Insane asylums in Bengal annual reports 1876-1887 - 1876-1887
Year: 1876
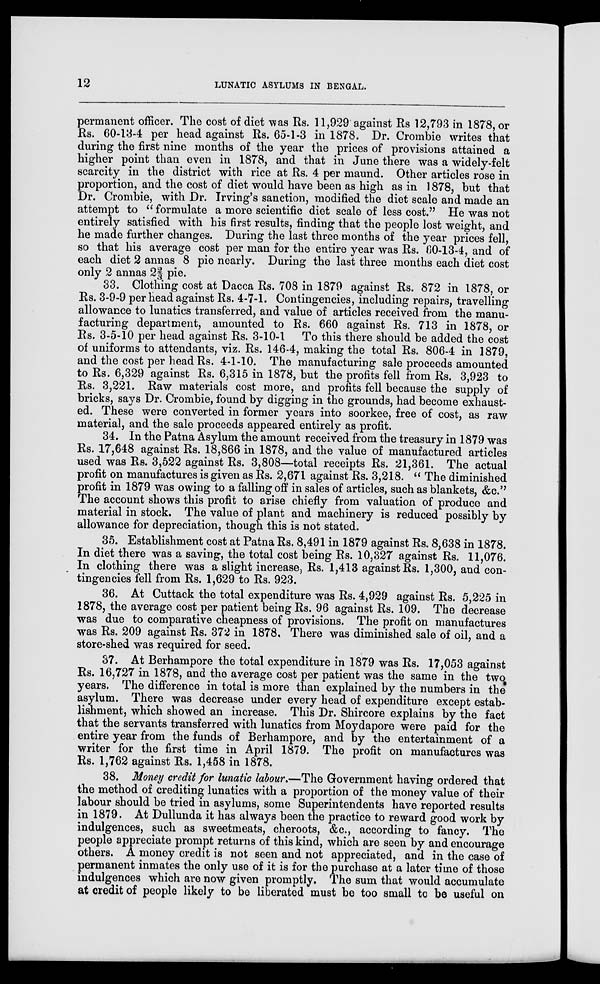
12
LUNATIC ASYLUMS IN BENGAL.
permanent officer. The cost of diet was Rs. 11,929 against Rs 12,793 in 1878, or
Rs. 60-13-4 per head against Rs. 65-1-3 in 1878. Dr. Crombie writes that
during the first nine months of the year the prices of provisions attained a
higher point than even in 1878, and that in June there was a widely-felt
scarcity in the district with rice at Rs. 4 per maund. Other articles rose in
proportion, and the cost of diet would have been as high as in 1878, but that
Dr. Crombie, with Dr. Irving's sanction, modified the diet scale and made an
attempt to " formulate a more scientific diet scale of less cost." He was not
entirely satisfied with his first results, finding that the people lost weight, and
he made further changes. During the last three months of the year prices fell,
so that his average cost per man for the entire year was Rs. 60-13-4, and of
each diet 2 annas 8 pie nearly. During the last three months each diet cost
only 2 annas 2 2/3 pie.
33. Clothing cost at Dacca Rs. 708 in 1879 against Rs. 872 in 1878, or
Rs. 3-9-9 per head against Rs. 4-7-1. Contingencies, including repairs, travelling
allowance to lunatics transferred, and value of articles received from the manu-
facturing department, amounted to Rs. 660 against Rs. 713 in 1878, or
Rs. 3-5-10 per head against Rs. 3-10-1 To this there should be added the cost
of uniforms to attendants, viz. Rs. 146-4, making the total Rs. 806-4 in 1879,
and the cost per head Rs. 4-1-10. The manufacturing sale proceeds amounted
to Rs. 6,329 against Rs. 6,315 in 1878, but the profits fell from Rs. 3,923 to
Rs. 3,221. Raw materials cost more, and profits fell because the supply of
bricks, says Dr. Crombie, found by digging in the grounds, had become exhaust-
ed. These were converted in former years into soorkee, free of cost, as raw
material, and the sale proceeds appeared entirely as profit.
34. In the Patna Asylum the amount received from the treasury in 1879 was
Rs. 17,648 against Rs. 18,866 in 1878, and the value of manufactured articles
used was Rs. 3,522 against Rs. 3,808—total receipts Rs. 21,361. The actual
profit on manufactures is given as Rs. 2,671 against Rs. 3,218. " The diminished
profit in 1879 was owing to a falling off in sales of articles, such as blankets, &c."
The account shows this profit to arise chiefly from valuation of produce and
material in stock. The value of plant and machinery is reduced possibly by
allowance for depreciation, though this is not stated.
35. Establishment cost at Patna Rs. 8,491 in 1879 against Rs. 8,638 in 1878.
In diet there was a saving, the total cost being Rs. 10,327 against Rs. 11,076.
In clothing there was a slight increase, Rs. 1,413 against Rs. 1,300, and con-
tingencies fell from Rs. 1,629 to Rs. 923.
36. At Cuttack the total expenditure was Rs. 4,929 against Rs. 5,225 in
1878, the average cost per patient being Rs. 96 against Rs. 109. The decrease
was due to comparative cheapness of provisions. The profit on manufactures
was Rs. 209 against Rs. 372 in 1878. There was diminished sale of oil, and a
store-shed was required for seed.
37. At Berhampore the total expenditure in 1879 was Rs. 17,053 against
Rs. 16,727 in 1878, and the average cost per patient was the same in the two
years. The difference in total is more than explained by the numbers in the
asylum. There was decrease under every head of expenditure except estab-
lishment, which showed an increase. This Dr. Shircore explains by the fact
that the servants transferred with lunatics from Moydapore were paid for the
entire year from the funds of Berhampore, and by the entertainment of a
writer for the first time in April 1879. The profit on manufactures was
Rs. 1,762 against Rs. 1,458 in 1878.
38. Money credit for lunatic labour.—The Government having ordered that
the method of crediting lunatics with a proportion of the money value of their
labour should be tried in asylums, some Superintendents have reported results
in 1879. At Dullunda it has always been the practice to reward good work by
indulgences, such as sweetmeats, cheroots, &c., according to fancy. The
people appreciate prompt returns of this kind, which are seen by and encourage
others. A money credit is not seen and not appreciated, and in the case of
permanent inmates the only use of it is for the purchase at a later time of those
indulgences which are now given promptly. The sum that would accumulate
at credit of people likely to be liberated must be too small to be useful on